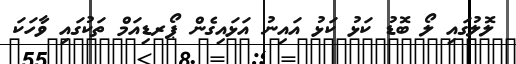
ލޮލުގައި ލޯ ބޮޑު ކަޅު ކަޅު އައިނު އަޅައިގެން ޕޯރޑިއަމް ތަކުގައި ވާހަކަ